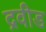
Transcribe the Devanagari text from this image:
द्रवीड